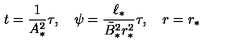
t = { \frac { 1 } { A _ { * } ^ { 2 } } } \tau , \quad \psi = { \frac { \ell _ { * } } { \tilde { B } _ { * } ^ { 2 } r _ { * } ^ { 2 } } } \tau , \quad r = r _ { * }